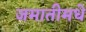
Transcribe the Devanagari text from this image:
जमातीमधे